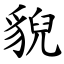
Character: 貎